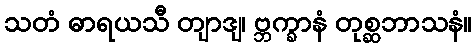
သတံ ဓာရယသီ တျာဒျ၊ ဗ္ဘက္ခာနံ တုစ္ဆဘာသနံ။